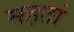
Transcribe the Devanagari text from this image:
महतां